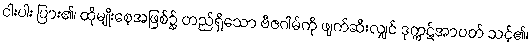
ငါးပါး ပြား၏၊ ထိုမျိုးစေ့အဖြစ်၌ တည်ရှိသော ဗီဇဂါမ်ကို ဖျက်ဆီးလျှင် ဒုက္ကဋ်အာပတ် သင့်၏၊